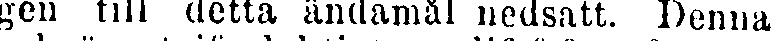
gen till detta ändamål nedsatt. Denna